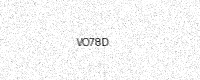
Text: VO78D